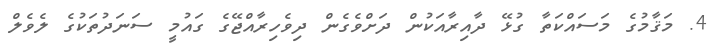
4. މަޤާމުގެ މަސައްކަތާ ގުޅޭ ދާއިރާއަކުން ދަށްވެގެން ދިވެހިރާއްޖޭގެ ގައުމީ ސަނަދުތަކުގެ ލެވެލް